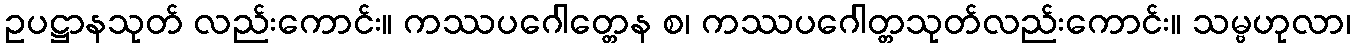
ဥပဋ္ဌာနသုတ် လည်းကောင်း။ ကဿပဂေါတ္တေန စ၊ ကဿပဂေါတ္တသုတ်လည်းကောင်း။ သမ္ဗဟုလာ၊